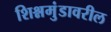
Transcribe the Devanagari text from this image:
शिश्नमुंडावरील